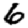
Digit: 6